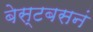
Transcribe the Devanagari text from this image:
बेस्टबसनं